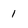
Character: 1